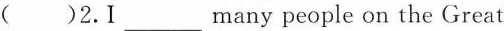
Wall last week.